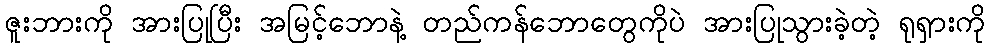
ဇူးဘားကို အားပြုပြီး အမြင့်ဘောနဲ့ တည်ကန်ဘောတွေကိုပဲ အားပြုသွားခဲ့တဲ့ ရုရှားကို